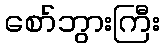
စော်ဘွားကြီး